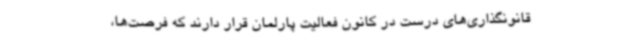
قانونگذاری‌های درست در کانون فعالیت پارلمان قرار دارند که فرصت‌ها،